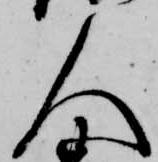
人